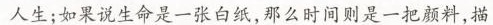
如果说生命是一本书，那么时间则是一支笔，书写着